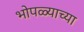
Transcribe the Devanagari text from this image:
भोपळ्याच्या